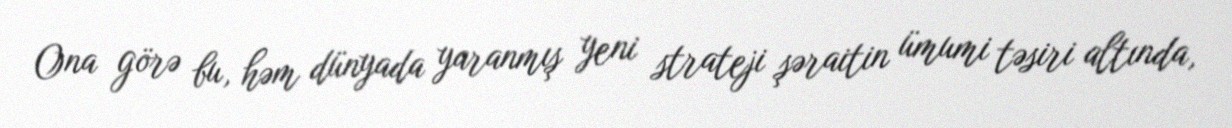
Ona görə bu, həm dünyada yaranmış yeni strateji şəraitin ümumi təsiri altında,